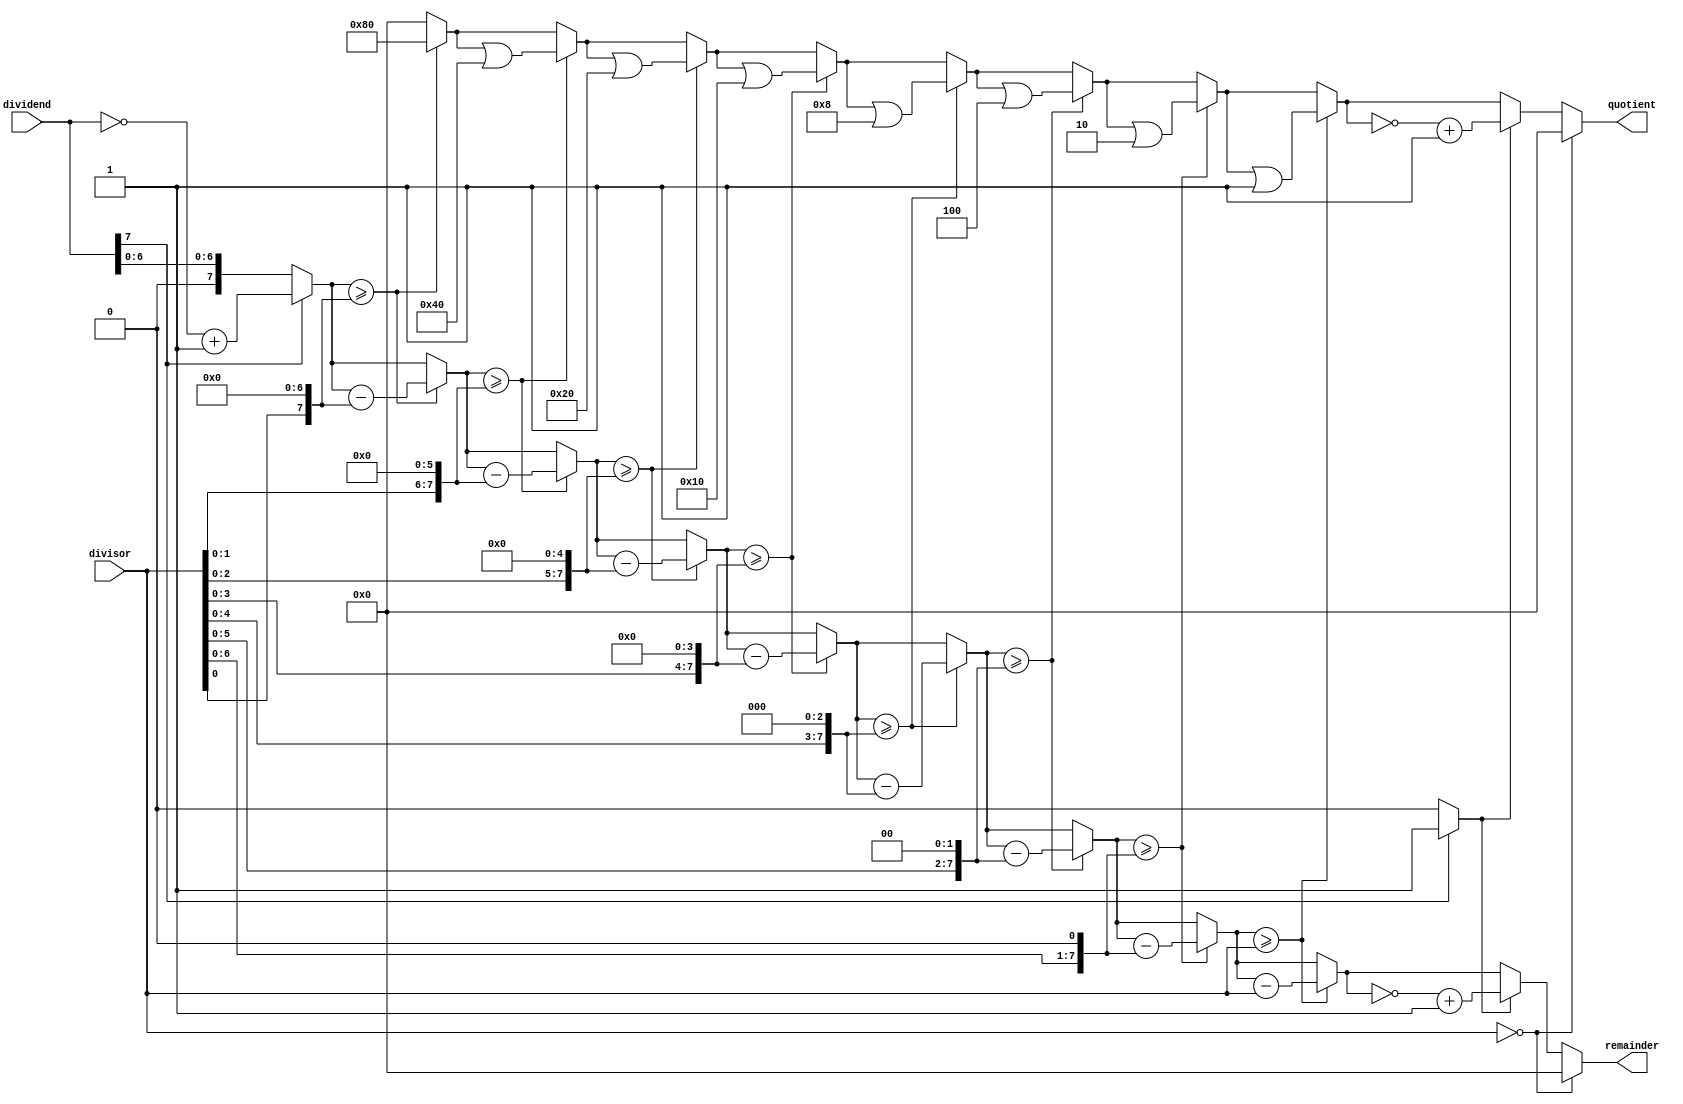
module BinaryDivider (
    input [7:0] dividend,
    input [7:0] divisor,
    output reg [7:0] quotient,
    output reg [7:0] remainder
);

reg [7:0] mask, neg_dividend, temp_dividend, temp_quotient, i;
reg [7:0] abs_dividend, abs_divisor;

// Handle special cases
always @(*) begin
    if(divisor == 8'b0) begin
        quotient <= 8'b0;
        remainder <= 8'b0;
    end else begin
        // Calculate absolute values
        if(dividend[7] == 1) begin
            abs_dividend = ~dividend + 1;
            neg_dividend = 1;
        end else begin
            abs_dividend = dividend;
            neg_dividend = 0;
        end
        abs_divisor = divisor;
        
        // Initialize variables
        mask = 8'b1;
        temp_dividend = abs_dividend;
        temp_quotient = 8'b0;
        
        // Division process
        for(i = 0; i < 8; i = i + 1) begin
            if(temp_dividend >= (abs_divisor << (7 - i))) begin
                temp_dividend = temp_dividend - (abs_divisor << (7 - i));
                temp_quotient = temp_quotient | (mask << (7 - i));
            end
        end
        
        // Handle sign of quotient and remainder
        if(neg_dividend == 1) begin
            quotient = ~temp_quotient + 1;
            remainder = ~temp_dividend + 1;
        end else begin
            quotient = temp_quotient;
            remainder = temp_dividend;
        end
    end
end

endmodule